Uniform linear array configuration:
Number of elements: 64
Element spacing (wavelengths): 0.75
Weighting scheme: uniform
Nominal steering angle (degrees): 60
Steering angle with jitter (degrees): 60.24
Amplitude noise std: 0.05
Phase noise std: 0.05

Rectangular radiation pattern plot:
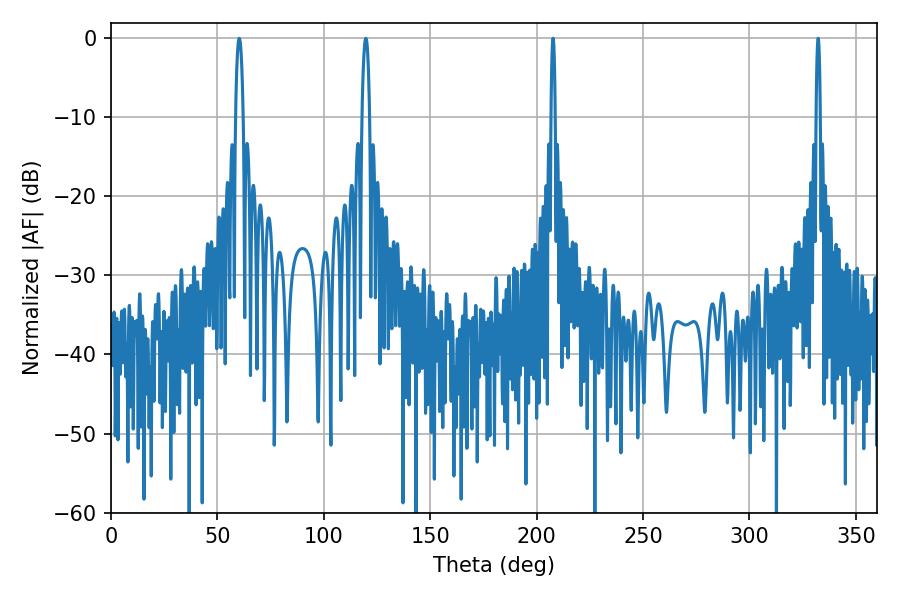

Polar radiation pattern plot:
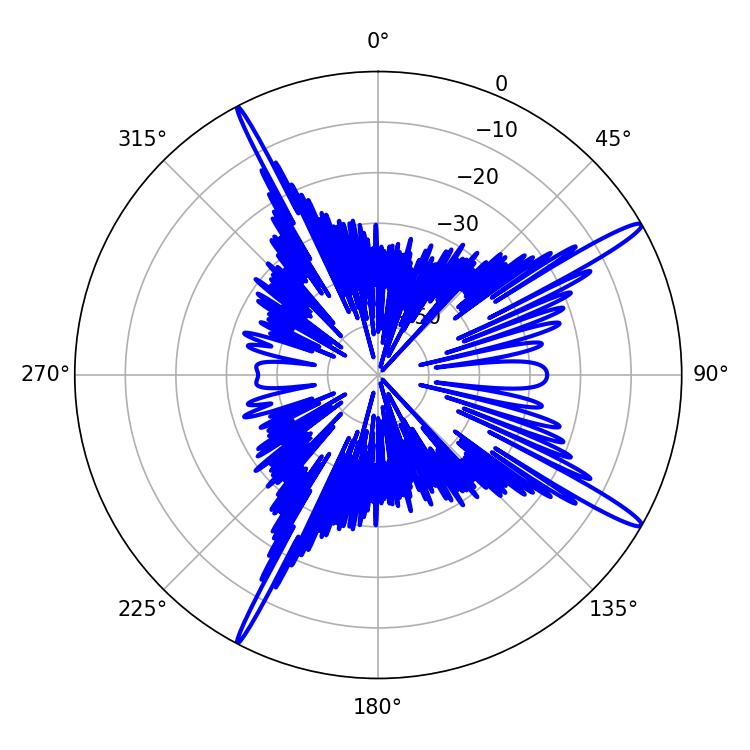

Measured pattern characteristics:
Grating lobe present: TRUE
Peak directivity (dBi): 15.947
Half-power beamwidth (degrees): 1.08
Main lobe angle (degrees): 332.28